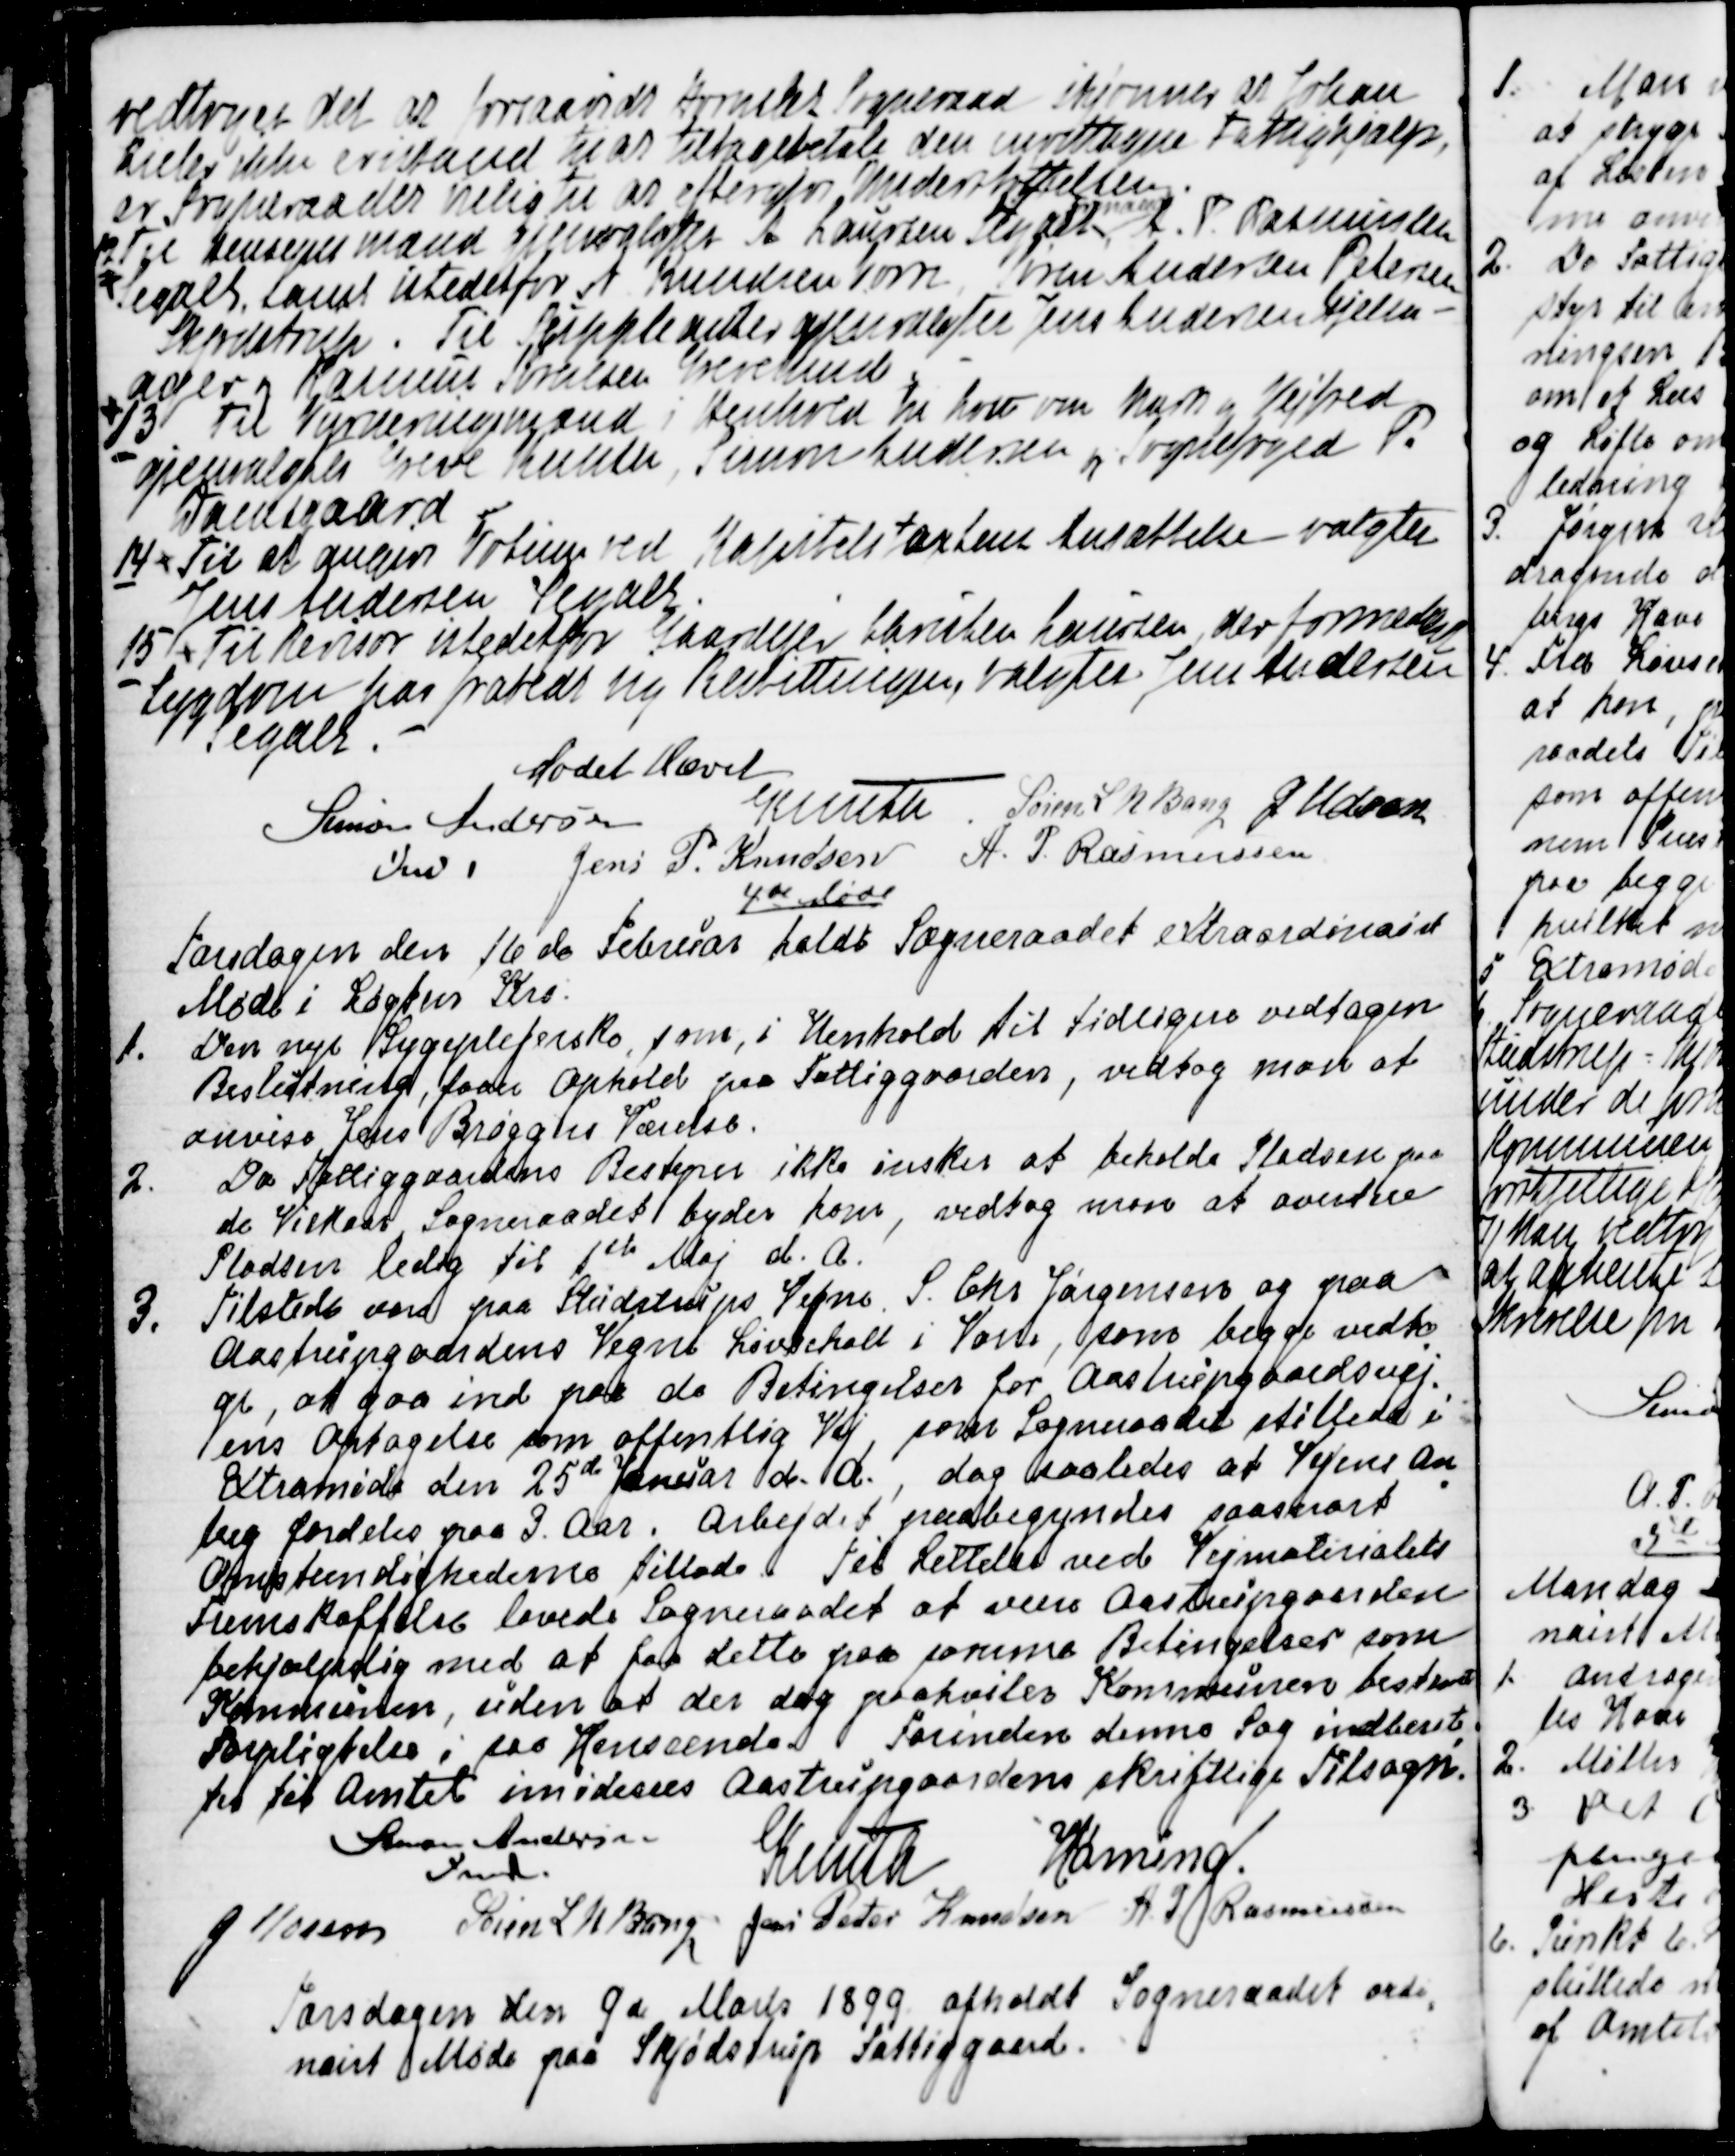
Transskription:
vedtoges det at forsaavidt Hornslets Sogneraad skjønner at Johan
Kieler ikke er istand til at tilbagebetale den modtagne Fattighjælp,
er Sogneraadet vilig til at eftergive Understøttelsen.
12 Til Hegnsynsmand gjenvalgtes A. Laursen Segalt  
Formand
A. P. Rasmussen
Segalt, samt istedet for A Knudsen Vorre, Søren Andersen Petersen
Skjødstrup. Til Suppleanter gjenvalgtes Jens Andersen Hjelm-
ager og Rasmus Knudsen Grevelund.
13 Til Vurderingsmænd i Henhold til Lov om  Mark og Vejfred
gjenvalgtes Greve Knuth. Simon Andersen og Sognefoged P.
Damsgaard
14
Til at angive Votum ved Kapitelstaxtens Ansættelse valgtes
Jens Andersen Segalt.
15
Til Revisor istedetfor Gaardejer Christen Laursen, der formedelt
Sygdom har frabedt sig Bestillingen, valgtes Jens Andersen
Segalt.
Mødet Hævet
Simon Andersen
Fmd.
Knuth
Søren L N Bang
J Udsen
Jens P. Knudsen
A. P. Rasmussen

4de Møde
Torsdagen den 16 de Februar holdt Sogneraadet extraordinairt
Møde i Løgten Kro.
1. Den nye Sygeplejerske, som, i Henhold til tidligere vedtagen
Beslutning, faar Ophold paa Fattiggaarden, vedtog man at
anvise Jens Brøggers Værelse.
2. Da Fattiggaardens Bestyrer ikke ønsker at beholde Pladsen paa
de Vilkaar Sogneraadet byder ham, vedtog man at avertere
Pladsen ledig til 1ste Maj d. A.
3. Tilstede var paa Studstrups Vegne S. Chr. Jørgensen og paa
Aastrupgaardens Vegne Løvschall i Vorre, som begge vedto
=
ge, at gaa ind paa de Betingelser for Aastrupgaardsvej
=
ens Optagelse som offentlig Vej, som Sogneraadet stillede i
Extramøde den 25de Januar d. A., dog saaledes at Vejens An
=
læg fordeles paa 3. Aar. Arbejdet paabegyndes saasnart 
Omstændighederne tillade. Til Lettelse ved Vejmaterialets
Fremskaffelse lovede Sogneraadet at være Aastrupgaarden
behjælpelig med at faa dette paa samme Betingelser som
Kommunen, uden at der dog paahviler Kommunen bestemte
Forpligtelser i saa Henseende. Forinden denne Sag indberet
=
tes til Amtet imødeses Aastrupgaardens skriftlige Tilsagn.
Simon Andersen
Fmd.
Knuth
Hørning.
J Udsen
Søren L N Bang
Jens Peter Knudsen
A. P. Rasmussen

Torsdagen den 9de Marts 1899 afholdt Sogneraadet ordi
=
nairt Møde paa Skjødstrup Fattiggaard.